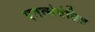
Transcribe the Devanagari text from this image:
एतत्संबंधित